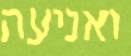
ואניעה